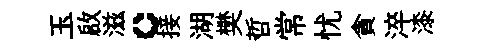
玉啟滋。接湖樊哲常忧貪淬漆